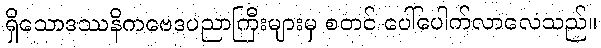
ရှိသောဒဿနိကဗေဒပညာကြီးများမှ စတင် ပေါ်ပေါက်လာလေသည်။